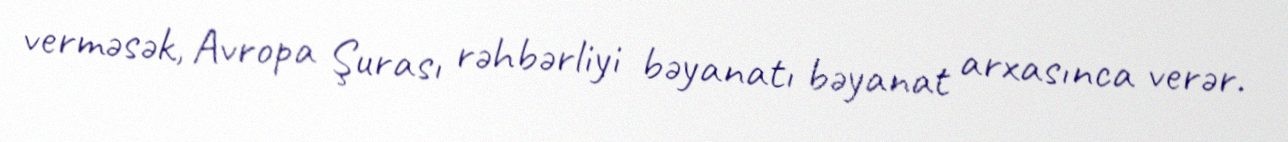
verməsək, Avropa Şurası rəhbərliyi bəyanatı bəyanat arxasınca verər.